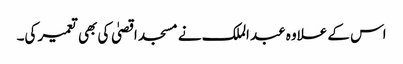
اس کے علاوہ عبد الملک نے مسجد اقصیٰ کی بھی تعمیر کی۔